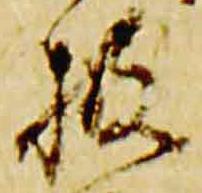
披